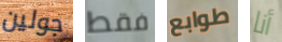
جولين فقط طوابع أنا